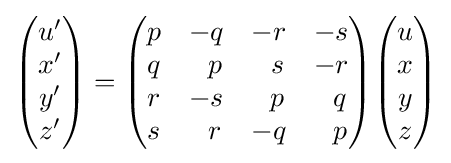
{\begin{pmatrix}u'\\x'\\y'\\z'\end{pmatrix}}={\begin{pmatrix}p&-q&-r&-s\\q&\;\,\,p&\;\,\,s&-r\\r&-s&\;\,\,p&\;\,\,q\\s&\;\,\,r&-q&\;\,\,p\end{pmatrix}}{\begin{pmatrix}u\\x\\y\\z\end{pmatrix}}